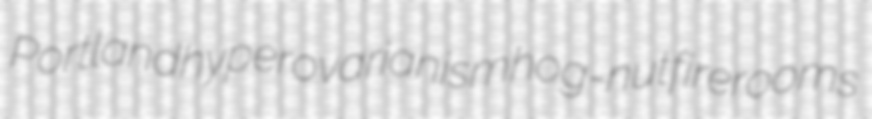
Portland hyperovarianism hog-nut firerooms